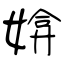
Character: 媕